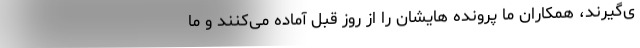
ی‌گیرند، همکاران ما پرونده هایشان را از روز قبل آماده می‌کنند و ما